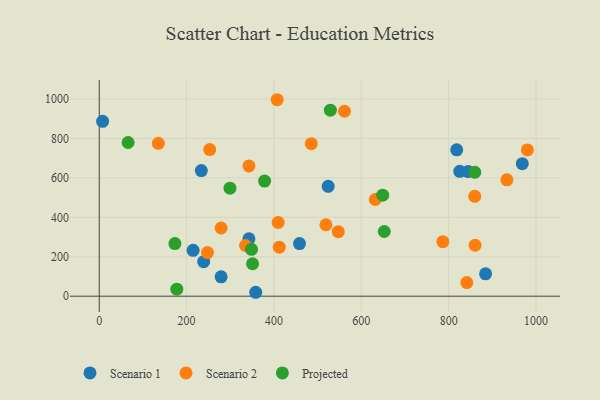
{"axis": {"x": "Investment", "y": "Demand"}, "legend": ["Projected", "Scenario 1", "Scenario 2"], "data": [{"x": "884.6", "y": 113.5, "type": "Scenario 1"}, {"x": "239.1", "y": 175.0, "type": "Scenario 1"}, {"x": "279.0", "y": 98.2, "type": "Scenario 1"}, {"x": "968.6", "y": 672.1, "type": "Scenario 1"}, {"x": "233.7", "y": 637.0, "type": "Scenario 1"}, {"x": "214.9", "y": 232.5, "type": "Scenario 1"}, {"x": "342.7", "y": 291.0, "type": "Scenario 1"}, {"x": "524.2", "y": 557.0, "type": "Scenario 1"}, {"x": "458.5", "y": 266.5, "type": "Scenario 1"}, {"x": "7.7", "y": 886.8, "type": "Scenario 1"}, {"x": "818.5", "y": 742.3, "type": "Scenario 1"}, {"x": "825.4", "y": 633.2, "type": "Scenario 1"}, {"x": "358.3", "y": 19.8, "type": "Scenario 1"}, {"x": "844.7", "y": 632.0, "type": "Scenario 1"}, {"x": "786.8", "y": 276.2, "type": "Scenario 2"}, {"x": "632.1", "y": 490.3, "type": "Scenario 2"}, {"x": "547.3", "y": 326.9, "type": "Scenario 2"}, {"x": "247.8", "y": 220.9, "type": "Scenario 2"}, {"x": "412.1", "y": 248.6, "type": "Scenario 2"}, {"x": "933.4", "y": 590.1, "type": "Scenario 2"}, {"x": "859.8", "y": 506.2, "type": "Scenario 2"}, {"x": "342.7", "y": 660.5, "type": "Scenario 2"}, {"x": "334.9", "y": 257.0, "type": "Scenario 2"}, {"x": "279.0", "y": 345.7, "type": "Scenario 2"}, {"x": "407.4", "y": 996.2, "type": "Scenario 2"}, {"x": "860.6", "y": 258.2, "type": "Scenario 2"}, {"x": "409.6", "y": 374.2, "type": "Scenario 2"}, {"x": "485.5", "y": 773.5, "type": "Scenario 2"}, {"x": "980.3", "y": 741.7, "type": "Scenario 2"}, {"x": "135.3", "y": 774.9, "type": "Scenario 2"}, {"x": "561.5", "y": 937.7, "type": "Scenario 2"}, {"x": "841.6", "y": 69.0, "type": "Scenario 2"}, {"x": "252.9", "y": 743.5, "type": "Scenario 2"}, {"x": "519.0", "y": 362.2, "type": "Scenario 2"}, {"x": "378.6", "y": 583.5, "type": "Projected"}, {"x": "177.6", "y": 35.7, "type": "Projected"}, {"x": "529.2", "y": 943.1, "type": "Projected"}, {"x": "299.3", "y": 547.5, "type": "Projected"}, {"x": "348.6", "y": 237.6, "type": "Projected"}, {"x": "351.0", "y": 164.5, "type": "Projected"}, {"x": "859.9", "y": 628.4, "type": "Projected"}, {"x": "173.2", "y": 266.5, "type": "Projected"}, {"x": "652.6", "y": 327.9, "type": "Projected"}, {"x": "648.9", "y": 512.2, "type": "Projected"}, {"x": "66.0", "y": 779.3, "type": "Projected"}]}